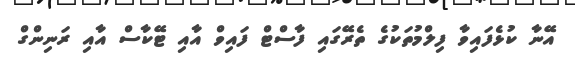
އޭނާ ކުޅެފައިވާ ފިލްމުތަކުގެ ތެރޭގައި ފާސްޓް ފައިވް އާއި ޓޭކާސް އާއި ރަނިންގް